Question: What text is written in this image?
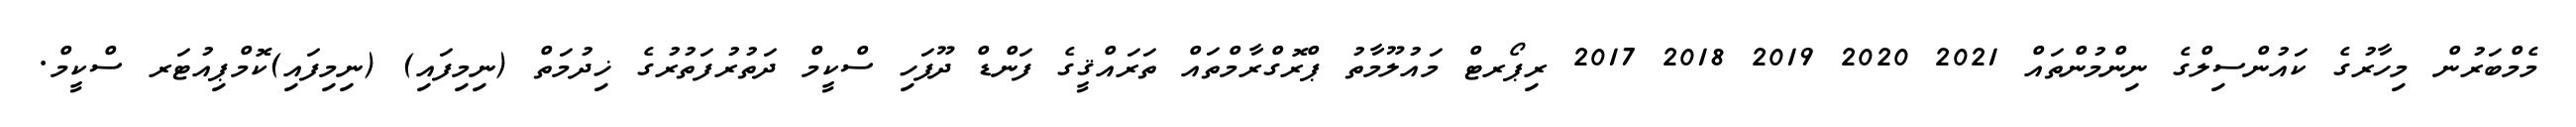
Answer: މެމްބަރުން މިހާރުގެ ކައުންސިލްގެ ނިންމުންތައް 2021 2020 2019 2018 2017 ރިޕޯރޓް މައުލޫމާތު ޕްރޮގްރާމްތައް ތަރައްޤީގެ ފަންޑް ދޫފަހި ސްކީމް ދަތުރުފަތުރުގެ ޚިދުމަތް (ނިމިފައި) (ނިމިފައި)ކޮމްޕިއުޓަރ ސްކީމް.